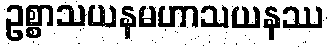
ဥစ္စာသယနမဟာသယနဿ